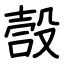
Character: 嗀